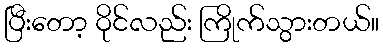
ပြီးတော့ ဝိုင်လည်း ကြိုက်သွားတယ်။